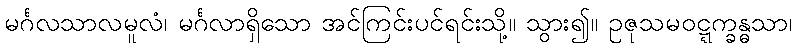
မင်္ဂလသာလမူလံ၊ မင်္ဂလာရှိသော အင်ကြင်းပင်ရင်းသို့။ သွား၍။ ဥဇုသမဝဋ္ဋက္ခန္ဓသာ၊